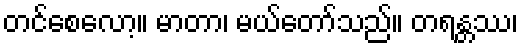
တင်စေလော့။ မာတာ၊ မယ်တော်သည်။ တရန္တဿ၊